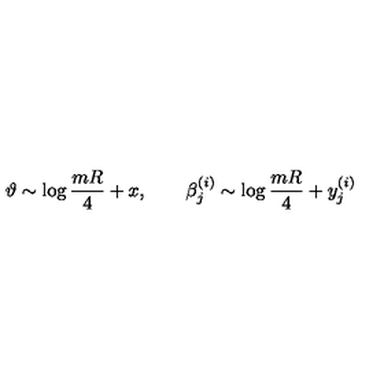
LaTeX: \vartheta \sim \log { \frac { m R } { 4 } } + x , \qquad \beta _ { j } ^ { ( i ) } \sim \log { \frac { m R } { 4 } } + y _ { j } ^ { ( i ) }